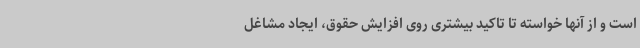
است و از آنها خواسته تا تاکید بیشتری روی افزایش حقوق، ایجاد مشاغل